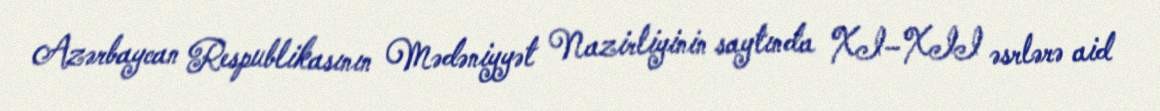
Azərbaycan Respublikasının Mədəniyyət Nazirliyinin saytında XI–XII əsrlərə aid